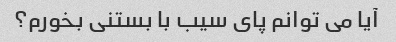
آیا می توانم پای سیب با بستنی بخورم؟